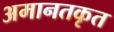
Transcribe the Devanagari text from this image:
अमानतकृत